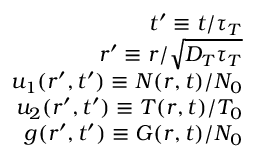
\begin{array} { r } { t ^ { \prime } \equiv t / \tau _ { T } } \\ { r ^ { \prime } \equiv r / \sqrt { D _ { T } \tau _ { T } } } \\ { u _ { 1 } ( r ^ { \prime } , t ^ { \prime } ) \equiv N ( r , t ) / N _ { 0 } } \\ { u _ { 2 } ( r ^ { \prime } , t ^ { \prime } ) \equiv T ( r , t ) / T _ { 0 } } \\ { g ( r ^ { \prime } , t ^ { \prime } ) \equiv G ( r , t ) / N _ { 0 } } \end{array}